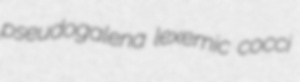
pseudogalena lexemic cocci